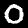
Digit: 0